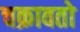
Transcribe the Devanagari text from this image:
चक्रावतो